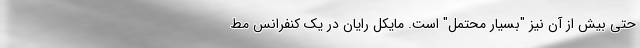
حتی بیش از آن نیز "بسیار محتمل" است. مایکل رایان در یک کنفرانس مط